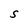
Character: S